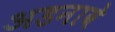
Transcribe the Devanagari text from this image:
अडनावे